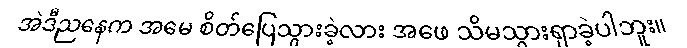
အဲဒီညနေက အမေ စိတ်ပြေသွားခဲ့လား အဖေ သိမသွားရှာခဲ့ပါဘူး။